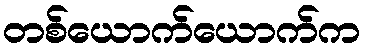
တစ်ယောက်ယောက်က